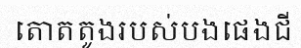
តោតតូងរបស់បងផេងជី